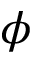
\phi